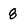
Character: 8